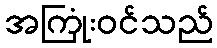
အကြုံးဝင်သည်